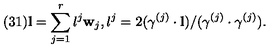
( 3 1 ) { \bf l } = \sum _ { j = 1 } ^ { r } l ^ { j } { \bf w } _ { j } , l ^ { j } = 2 ( \gamma ^ { ( j ) } \cdot { \bf l } ) / ( \gamma ^ { ( j ) } \cdot \gamma ^ { ( j ) } ) .